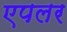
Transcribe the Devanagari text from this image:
एपलर